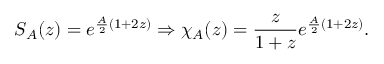
S _ { A } ( z ) = e ^ { \frac { A } { 2 } ( 1 + 2 z ) } \Rightarrow \chi _ { A } ( z ) = \frac { z } { 1 + z } e ^ { \frac { A } { 2 } ( 1 + 2 z ) } .